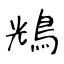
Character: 𪀯